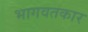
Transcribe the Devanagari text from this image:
भागवतकार